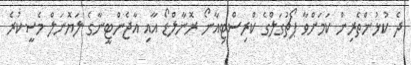
ދެ ކުޅުންތެރިން ކަމަށްވާ ޕޯޗުގަލްގެ ކްރިސްޓިއާނޯ ރޮނާލްޑޯ އާއި އާޖެންޓީނާގެ ލަޔޮނަލް މެސީކުރެ